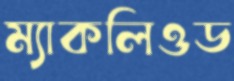
ম্যাকলিওড